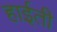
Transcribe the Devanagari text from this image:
हाईती